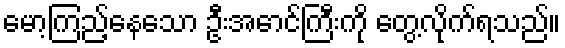
မော့ကြည့်နေသော ဦးအောင်ကြီးကို တွေ့လိုက်ရသည်။